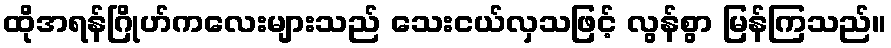
ထိုအရန်ဂြိုဟ်ကလေးများသည် သေးငယ်လှသဖြင့် လွန်စွာ မြန်ကြသည်။